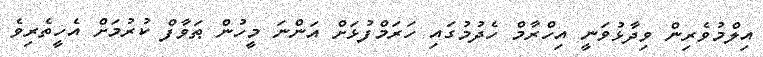
އިލްމުވެރިން ވިދާޅުވަނީ އިހްރާމް ހެދުމުގައި ހަރަމްފުޅަށް އަންނަ މީހުން ޠަވާފް ކުރުމަށް އެހީތެރިވެ